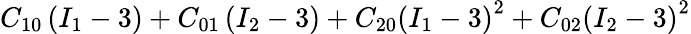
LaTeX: C_{10}\left(I_{1}-3\right)+C_{01}\left(I_{2}-3\right)+C_{20}\left(I_{1}-3\right)^{2}+C_{02}\left(I_{2}-3\right)^{2}